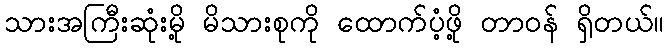
သားအကြီးဆုံးမို့ မိသားစုကို ထောက်ပံ့ဖို့ တာဝန် ရှိတယ်။